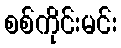
စစ်ကိုင်းမင်း